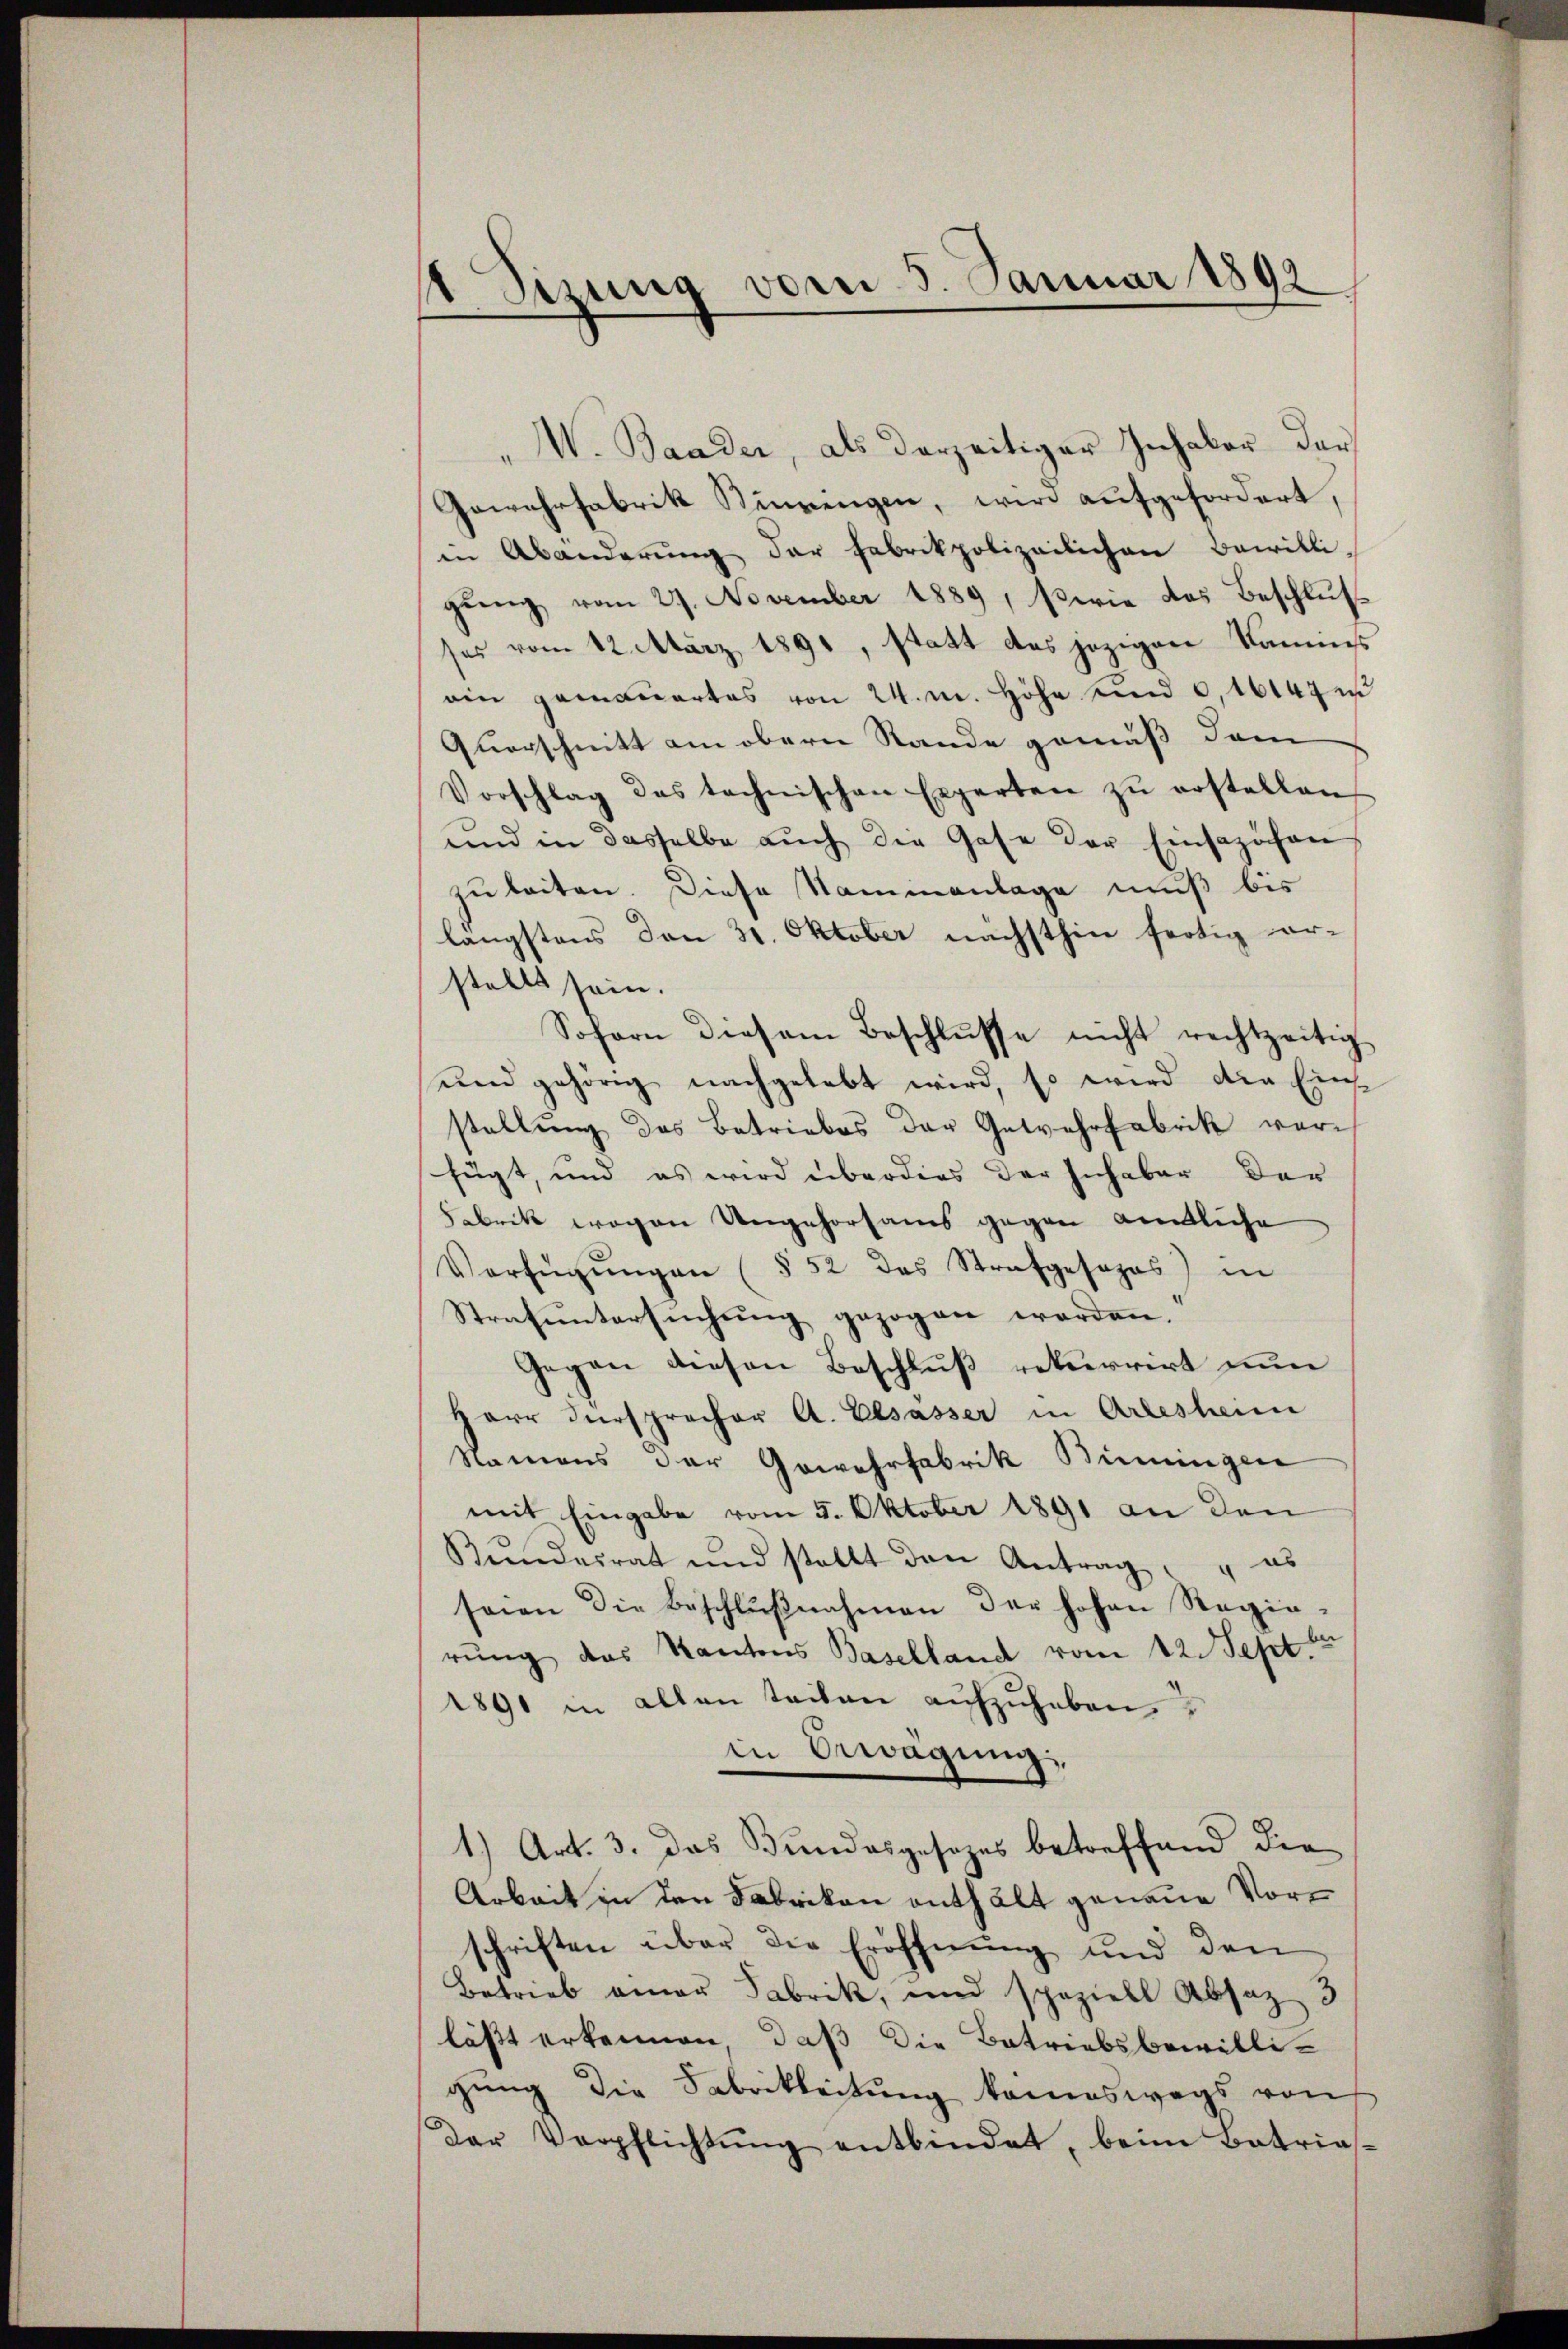
Sizung vom 5. Januar 1892
“

W. Baader, als derzeitiger Inhaber dar
Gewehrfabrik Sinningen, wird aufgefordert,
in Abänderŭng der Fabrikpolizeilichen Bewilli-
gŭng vom 27. November 1889, Perie das Beschlus
ses vom 12. März 1891, statt des jezigen Naumes
ain gemauertes von 24. m. Höhe und 0,1614 u
Querschnitt am obern Stande gemäß dem
Vorschlag des technischen Experten zŭ erstellen,
und in dasselbe aŭch die Gase der Einsazähen
zu beiten. Diese Namianlage muß bis
längstens den 31. Oktober nächsthin fertig er-
stellt sein.
Sofern diesem Beschlŭsse nicht rechtzeitig
und gehörig nachgelebt wird, so wird die Einsstellung des Betriebes der Gewehrfabrik verfügt, und es wird überdies der Inhaber der
brik wegen Ungehorsams gegen amtliche
Verfügŭngen (§ 52 des Strafgesezes) in
Strafuntersuchung gezogen worden.
Gegen diesen Beschluß rekurrirt nun
Herr Fürsprocher A. Elsasser in Arlesheim
Namens der Gewehrfabrik Biringen
mit Eingabe vom 5. Oktober 1891 an den
Bundesrat und stellt den Antrag, es
seien die Beschlŭβnahmen der hohen Regie-
rung das Kantons Baselland vom 12. Sept.
1891 in allen teilen aŭfzŭheben,
in Bewegung,
1.) Art. 3. das Bundesgesezes betreffend die
Arkeit in den Fabrikon enthält genaue Vorschriften über die Eröffnung und den
Betrieb einer Fabrik, und speziell Absaz 3
lässt erkennen, daß die Betriebsbewilligung die Fabrikleitung kanneswegs von
Der Verpflichtŭng entbindet, beim Batrias-